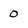
Character: 0